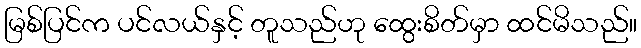
မြစ်ပြင်က ပင်လယ်နှင့် တူသည်ဟု ထွေးစိတ်မှာ ထင်မိသည်။